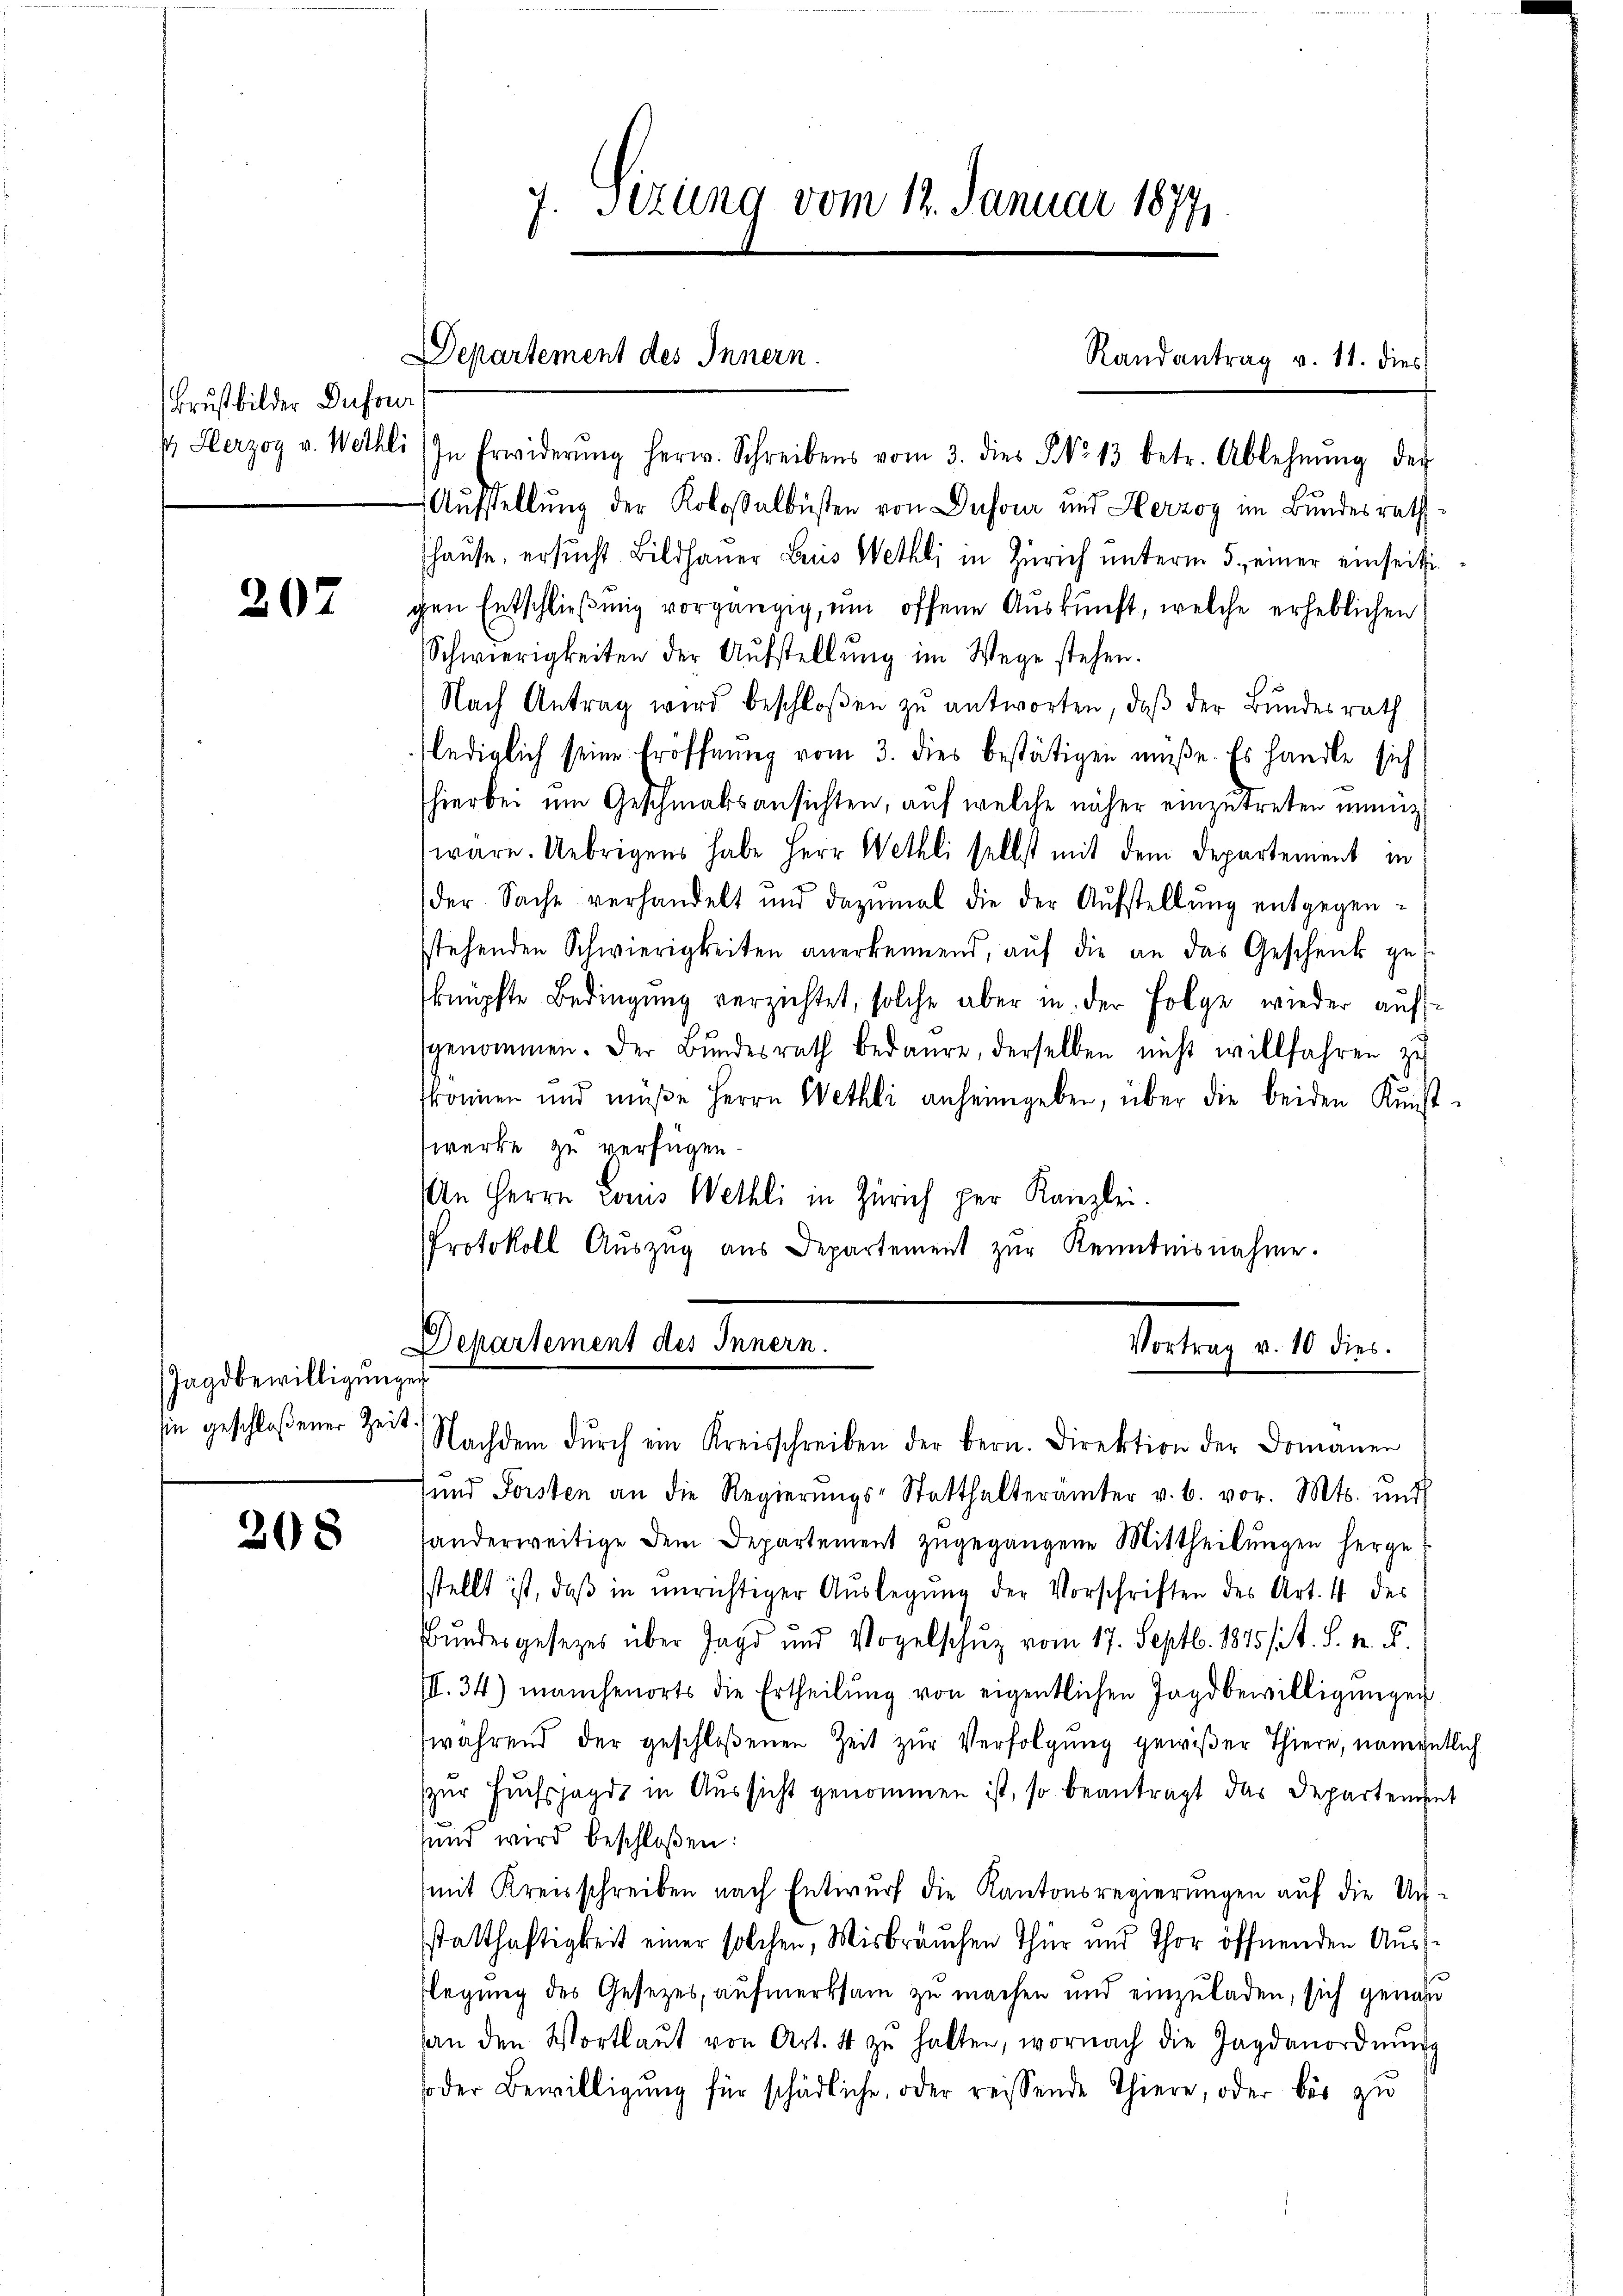
Brust bilder Dufour
1 Herzog v. Wethli

207

Jagdbewilligungen
sin geschloßener Zeit.

208

7. Sizung vom 12. Januar 18771.

Departement des Innern.

In Erwiderŭng herw. Schreibens vom 3. dies No 13 betr. Ablehnŭng der
Aufstellung der Kolossalbüsten von Dufour und Herzog im Bundesrath
shause, ersŭcht Bildhauer Luis Wethli in Zürich unterm 5. einer einseitigen Entschließung vorgängig, um offene Auskunft, welche erheblichen
Schwierigkeiten der Aŭfstellŭng im Wege stehen.
Nach Antrag wird beschloßen zŭ antworten, daβ der Bundesrath
lediglich seine Eröffnung vom 3. dies bestätigen müße. Es handle sich
hierbei um Geschmalsansichten, auf welche näher einzutreten wenngl
wäre. Uebrigens habe Herr Wethli selbst mit dem Departement in
der Sache verhandelt und dazumal die der Aŭfstellŭng entgegen-
sstehenden Schwierigkeiten anerkennend, aŭf die an das Geschenk ge-
knüpfte Bedingung verzichtet, solche aber in der Folge wieder aufgenommen. Der Bŭndesrath bedaure, derselben nicht willfahren zŭ
fkronen und müße Herrn Wethli anheimgeben, über die beiden Kunst-
werke zu verfügen.
An Herrn Louis Wethli in Zürich per Kanzlei.
Protokoll Aŭszŭg aŭs Departement zŭr Kenntnisnahme.

Randantrag v. 11. dies

Departement des Innern.
Vortrag v. 10 dies.
Nachdem dŭrch ein Kreisschreiben der bern. Direktion der Domaner

und Forsten an die Regierŭngs-Statthalterämter v. 6. vor. Mts. und
handerweitige dem Departement zugegangene Mittheilungen herge
sstellt ist, daβ in unrichtiger Aŭslegung der Vorschriften des Art. 4 des
Bundesgesezes über Jagd und Vogelschuz vom 17. Septb. 1875/ ist. S. M. D.
III. 34) manchenorts die Ertheilŭng von eigentlichen Jagdbewilligungen
während der geschloßenen Zeit zur Verfolgung gewißer Thiere, namentlich
zur Fuchsjagd in Aussicht genommen ist, so beantragt das Departement
sund wird beschloßen:
mit Kreisschreiben nach Entwurf die Kantonsregierungen auf die Un-
statthaftigkeit einer solchen, Misbräuchen Thur und Thor öffnenden Ausflegung des Gesetzes, aufmerksam zu machen und einzuladen, sich genau
an den Wortlaŭt von Art. 4 zŭ halten, wornach die Jagdanordnŭng
soder Bewilligŭng für schädliche, oder reissende Thiere, oder bis zŭ